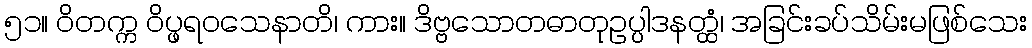
၅၁။ ဝိတက္က ဝိပ္ဖရဝသေနာတိ၊ ကား။ ဒိဗ္ဗသောတဓာတုဥပ္ပါဒနတ္ထံ၊ အခြင်းခပ်သိမ်းမဖြစ်သေး